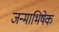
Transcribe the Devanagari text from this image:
जन्माभिषेक